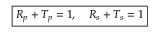
\boxed { R _ { p } + T _ { p } = 1 , \quad R _ { s } + T _ { s } = 1 }